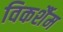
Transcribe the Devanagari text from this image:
विकर्शैम